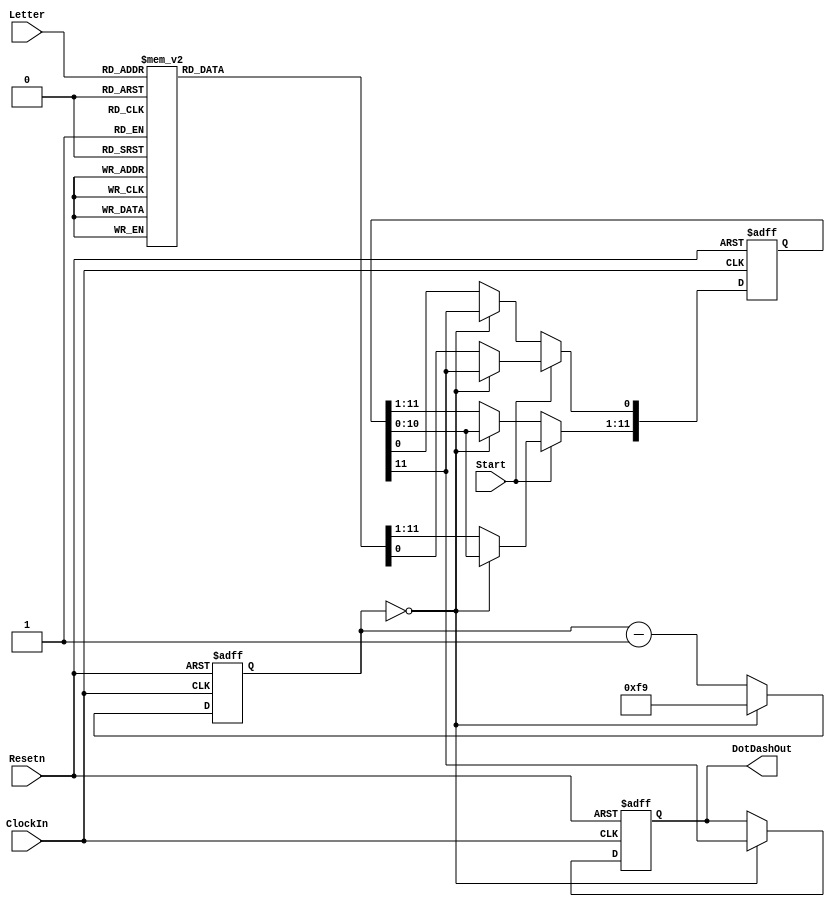
module part3(ClockIn, Resetn, Start, Letter, DotDashOut);
	input ClockIn, Resetn, Start;
	input [2:0] Letter; // we need 3 bits to represent A-H 
	output reg DotDashOut;
	reg [11:0] shift_register; 
	reg [7:0] Counter; // 8 bits needed to count up to 250 (2^8 = 256)
	// setting the inputs that will be used to select the different letters
	parameter A = 3'b000, B = 3'b001, C = 3'b010, D = 3'b011,
		E = 3'b100, F = 3'b101, G = 3'b110, H = 3'b111;
	
	initial begin
		shift_register <= 0;
		Counter <= 0;
	end
	
	always @(posedge ClockIn, negedge Resetn) begin
		if (Resetn == 1'b0) begin
			shift_register <= 0;
			DotDashOut <= 0;
			Counter <= 250-1; // 250Hz for 0.5s delays (for a 500Hz clock)
		end

		else if (Start == 1'b1) begin	// fill the shift register with the codes for each letter
			case (Letter)
				A: shift_register <= 12'b101110000000;
				B: shift_register <= 12'b111010101000;
				C: shift_register <= 12'b111010111010;
				D: shift_register <= 12'b111010100000;
				E: shift_register <= 12'b100000000000;
				F: shift_register <= 12'b101011101000;
				G: shift_register <= 12'b111011101000;
				H: shift_register <= 12'b101010100000;
			endcase
			
			if (Counter == 0) begin		// below are non-blocking assignments, which means they all happen simultaneously, without order
				shift_register <= shift_register << 1; 		// left shift by 1
				shift_register[0] <= shift_register[11]; 	// last digit becomes first digit (loop around)
				DotDashOut <= shift_register[11];			// morse code is output
				Counter <= 250-1;	// Counter is reset
			end
			
			else
				Counter <= Counter - 1;	// Counter keeps counting
		end

		else if (Counter == 0) begin			// Counter reached 0 but Start is 0
			shift_register <= shift_register << 1; 		// left shift by 1
			shift_register[0] <= shift_register[11];
			DotDashOut <= shift_register[11]; 	// morse code is output
			Counter <= 250-1;					// reset counter
		end
		
		else
			Counter <= Counter - 1;		// Counter keeps counting 
	end
endmodule